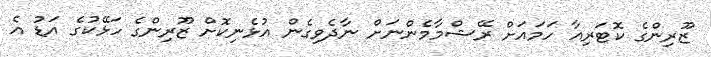
ޒޫރިންގެ ކޮޓަރިއާ ހަމައަށް ރޭޝްމާމެންނަށް ނާދެވިގެން އުޅެނިކޮށް ޒޫރިންގެ ހަޅޭކުގެ އަޑު އެ